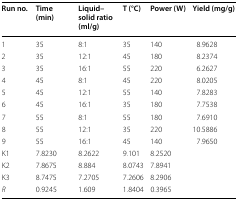
<table><thead><tr><td><b>Run no.</b></td><td><b>Time (min)</b></td><td><b>Liquid–solid ratio (ml/g)</b></td><td><b>T (°C)</b></td><td><b>Power (W)</b></td><td><b>Yield (mg/g)</b></td></tr></thead><tbody><tr><td>1</td><td>35</td><td>8:1</td><td>35</td><td>140</td><td>8.9628</td></tr><tr><td>2</td><td>35</td><td>12:1</td><td>45</td><td>180</td><td>8.2374</td></tr><tr><td>3</td><td>35</td><td>16:1</td><td>55</td><td>220</td><td>6.2627</td></tr><tr><td>4</td><td>45</td><td>8:1</td><td>45</td><td>220</td><td>8.0205</td></tr><tr><td>5</td><td>45</td><td>12:1</td><td>55</td><td>140</td><td>7.8283</td></tr><tr><td>6</td><td>45</td><td>16:1</td><td>35</td><td>180</td><td>7.7538</td></tr><tr><td>7</td><td>55</td><td>8:1</td><td>55</td><td>180</td><td>7.6910</td></tr><tr><td>8</td><td>55</td><td>12:1</td><td>35</td><td>220</td><td>10.5886</td></tr><tr><td>9</td><td>55</td><td>16:1</td><td>45</td><td>140</td><td>7.9650</td></tr><tr><td>K1</td><td>7.8230</td><td>8.2622</td><td>9.101</td><td>8.2520</td><td></td></tr><tr><td>K2</td><td>7.8675</td><td>8.884</td><td>8.0743</td><td>7.8941</td><td></td></tr><tr><td>K3</td><td>8.7475</td><td>7.2705</td><td>7.2606</td><td>8.2906</td><td></td></tr><tr><td><i>R</i></td><td>0.9245</td><td>1.609</td><td>1.8404</td><td>0.3965</td><td></td></tr></tbody></table>